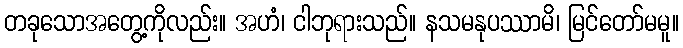
တခုသောအတွေ့ကိုလည်း။ အဟံ၊ ငါဘုရားသည်။ နသမနုပဿာမိ၊ မြင်တော်မမူ။